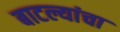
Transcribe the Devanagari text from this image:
बाटल्यांचा